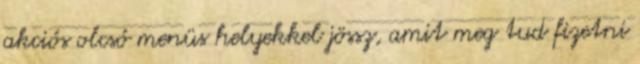
akciós olcsó menüs helyekkel jössz, amit meg tud fizetni